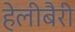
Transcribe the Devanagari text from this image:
हेलीबैरी